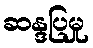
ဆန္ဒပြမှု